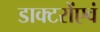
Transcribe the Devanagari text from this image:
डाक्टरोंएवं